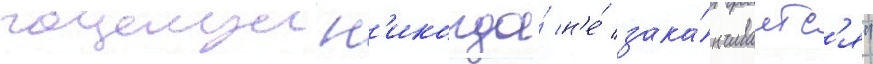
поцелуи н'икогда́ н'е́ зака́нчиваетс'я"